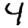
Digit: 4